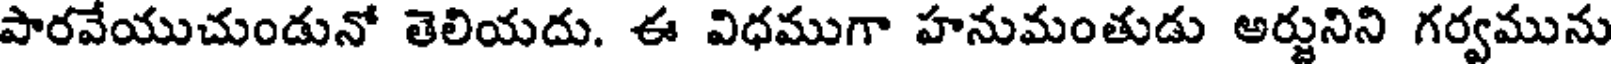
పారవేయుచుండునో తెలియదు. ఈ విధముగా హనుమంతుడు అర్జునిని గర్వమును